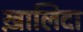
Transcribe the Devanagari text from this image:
ख़ालिदा